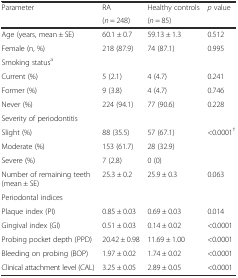
<table><thead><tr><td rowspan="2"><b>Parameter</b></td><td><b>RA</b></td><td><b>Healthy controls</b></td><td rowspan="2"><b><i>p</i> value</b></td></tr><tr><td><b>(<i>n</i> = 248)</b></td><td><b>(<i>n</i> = 85)</b></td></tr></thead><tbody><tr><td>Age (years, mean ± SE)</td><td>60.1 ± 0.7</td><td>59.13 ± 1.3</td><td>0.512</td></tr><tr><td>Female (n, %)</td><td>218 (87.9)</td><td>74 (87.1)</td><td>0.995</td></tr><tr><td>Smoking status<sup>a</sup></td><td></td><td></td><td></td></tr><tr><td>Current (%)</td><td>5 (2.1)</td><td>4 (4.7)</td><td>0.241</td></tr><tr><td>Former (%)</td><td>9 (3.8)</td><td>4 (4.7)</td><td>0.746</td></tr><tr><td>Never (%)</td><td>224 (94.1)</td><td>77 (90.6)</td><td>0.228</td></tr><tr><td>Severity of periodontitis</td><td></td><td></td><td></td></tr><tr><td>Slight (%)</td><td>88 (35.5)</td><td>57 (67.1)</td><td>&lt;0.0001<sup>†</sup></td></tr><tr><td>Moderate (%)</td><td>153 (61.7)</td><td>28 (32.9)</td><td></td></tr><tr><td>Severe (%)</td><td>7 (2.8)</td><td>0 (0)</td><td></td></tr><tr><td>Number of remaining teeth (mean ± SE)</td><td>25.3 ± 0.2</td><td>25.9 ± 0.3</td><td>0.063</td></tr><tr><td>Periodontal indices</td><td></td><td></td><td></td></tr><tr><td>Plaque index (PI)</td><td>0.85 ± 0.03</td><td>0.69 ± 0.03</td><td>0.014</td></tr><tr><td>Gingival index (GI)</td><td>0.51 ± 0.03</td><td>0.14 ± 0.02</td><td>&lt;0.0001</td></tr><tr><td>Probing pocket depth (PPD)</td><td>20.42 ± 0.98</td><td>11.69 ± 1.00</td><td>&lt;0.0001</td></tr><tr><td>Bleeding on probing (BOP)</td><td>1.97 ± 0.02</td><td>1.74 ± 0.02</td><td>&lt;0.0001</td></tr><tr><td>Clinical attachment level (CAL)</td><td>3.25 ± 0.05</td><td>2.89 ± 0.05</td><td>&lt;0.0001</td></tr></tbody></table>